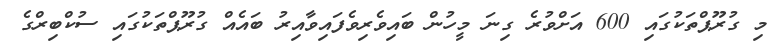
މި ގުރޫޕްތަކުގައި 600 އަށްވުރެ ގިނަ މީހުން ބައިވެރިވެފައިވާއިރު ބައެއް ގުރޫޕްތަކުގައި ސުކްބިރްގެ